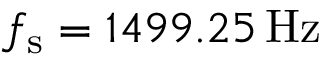
f _ { \mathrm { s } } = 1 4 9 9 . 2 5 \, \mathrm { { H z } }